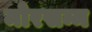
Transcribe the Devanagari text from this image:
मोरसम्म